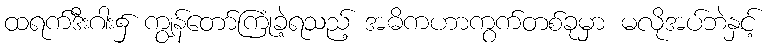
ထရက်ဒီးဂါး၌ ကျွန်တော်ကြုံခဲ့ရသည့် အဓိကဟာကွက်တစ်ခုမှာ မလိုအပ်ဘဲနှင့်